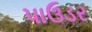
પાઉડર